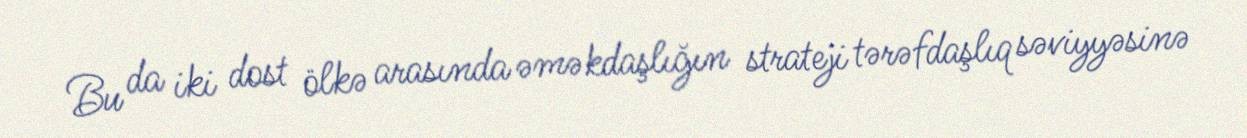
Bu da iki dost ölkə arasında əməkdaşlığın strateji tərəfdaşlıq səviyyəsinə